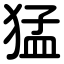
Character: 猛